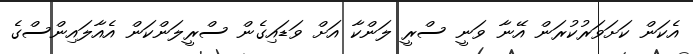
އެކަން ކަށަވަރުކުރަން އޭނާ ވަނީ ސްރީ ލަންކާ އަށް ވަޑައިގެން ސްރީލަންކަން އެއާލައިންސްގެ